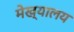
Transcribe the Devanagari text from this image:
मेख्यालय